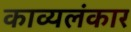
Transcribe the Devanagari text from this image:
काव्यलंकार